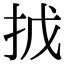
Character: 㧔